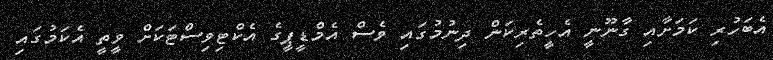
އެބަހުރި ކަމަށާއި ގާނޫނީ އެހީތެރިކަން ދިނުމުގައި ވެސް އެމްޑީޕީގެ އެކްޓިވިސްޓަކަށް ވީތީ އެކަމުގައި